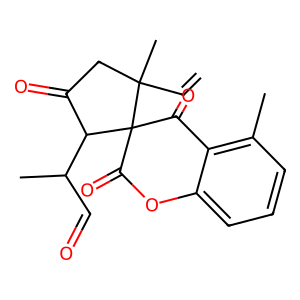
SMILES: C=CC1(C)CC(=O)C(C(C)C=O)C12C(=O)Oc1cccc(C)c1C2=O
Inhibits HIV replication: No